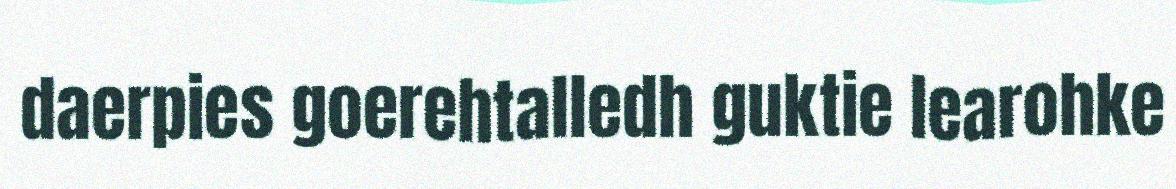
daerpies goerehtalledh guktie learohke